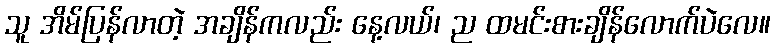
သူ အိမ်ပြန်လာတဲ့ အချိန်ကလည်း နေ့လယ်၊ ည ထမင်းစားချိန်လောက်ပဲလေ။